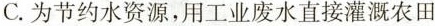
C.为节约水资源，用工业废水直接灌溉农田